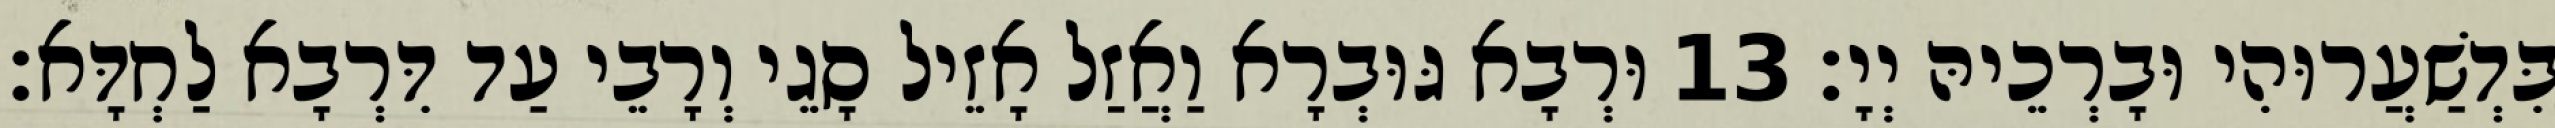
בִּדְשַׁעֲרוּהִי וּבָרְכֵיהּ יְיָ׃ 13 וּרְבָא גּוּבְרָא וַאֲזַל אָזֵיל סָגֵי וְרָבֵי עַד דִּרְבָא לַחְדָּא׃